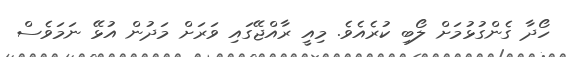
ހޯދާ ގެންގުޅުމަށް ލޯބި ކުރެއެވެ. މިއީ ރާއްޖޭގައި ވަރަށް މަދުން އުޅޭ ނަމަވެސް